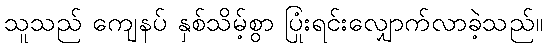
သူသည် ကျေနပ် နှစ်သိမ့်စွာ ပြုံးရင်းလျှောက်လာခဲ့သည်။